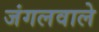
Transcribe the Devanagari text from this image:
जंगलवाले